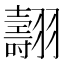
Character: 翿